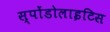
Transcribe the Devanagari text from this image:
स्पोंडोलाइटिस